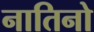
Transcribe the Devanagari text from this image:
नातिनो